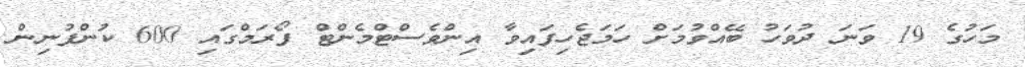
މަހުގެ 19 ވަނަ ދުވަހު ބޭއްވުމަށް ހަމަޖެހިފައިވާ އިންވެސްޓްމެންޓް ފޯރަމްގައި 600 ކުންފުނިން